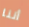
أننا